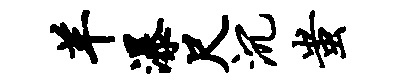
羊瀑尺沉蚩